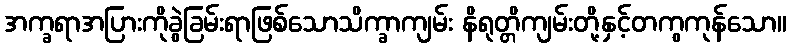
အက္ခရာအပြားကိုခွဲခြမ်းရာဖြစ်သောသိက္ခာကျမ်း နိရုတ္တိကျမ်းတို့နှင့်တကွကုန်သော။